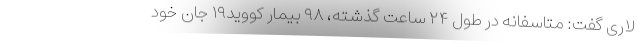
لاری گفت: متاسفانه در طول ۲۴ ساعت گذشته، ۹۸ بیمار کووید۱۹ جان خود